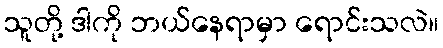
သူတို့ ဒါကို ဘယ်နေရာမှာ ရောင်းသလဲ။